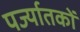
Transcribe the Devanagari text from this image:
पर्ज्यातकों